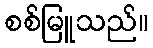
စစ်မြူသည်။